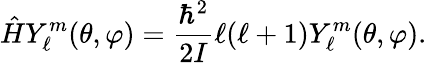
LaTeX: {\hat{H}}Y_{\ell}^{m}(\theta,\varphi)={\frac{\hbar^{2}}{2I}}\ell(\ell+1)Y_{\ell}^{m}(\theta,\varphi).